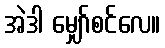
အဲဒါ မျှော်စင်လေ။